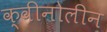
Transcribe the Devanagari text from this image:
क्वीनोलीन